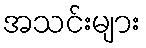
အသင်းများ